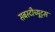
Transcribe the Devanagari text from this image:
सबस्टीच्यूट्स